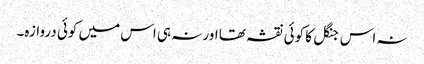
نہ اس جنگل کا کوئی نقشہ تھا اور نہ ہی اس میں کوئی دروازہ۔